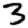
Digit: 3